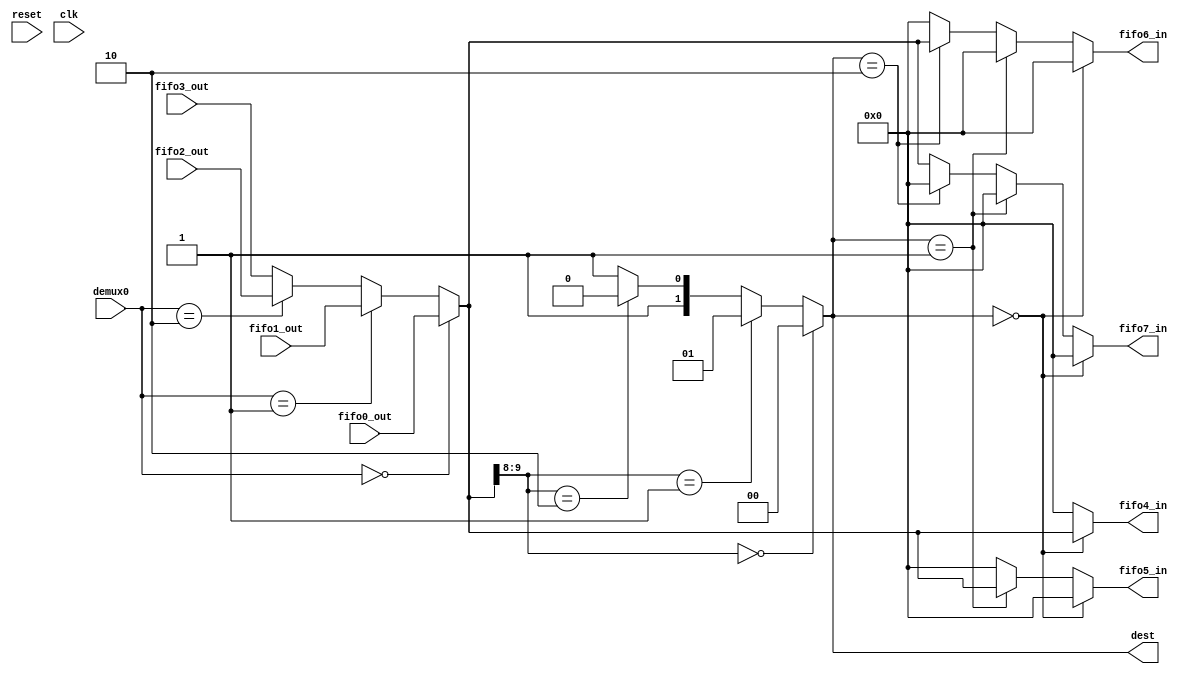

module misc( output reg [9:0] fifo4_in, fifo5_in, fifo6_in, fifo7_in,
	     output reg [1:0] dest,
	     input wire [9:0]  fifo0_out, fifo1_out, fifo2_out, fifo3_out,
	     input wire [1:0]  demux0,
	     input wire        reset, clk );

   reg [9:0] 		      dato_inter;
   
   reg [9:0] 		      probar;
   always @( * ) begin
      if( dato_inter[9:8] == 2'b00 ) begin
	 dest = 2'b00;
      end
      else if( dato_inter[9:8] == 2'b01 ) begin
	 dest = 2'b01;
      end
      else if( dato_inter[9:8] == 2'b10 ) begin
	 dest = 2'b10;
      end
      else begin
	 dest <= 2'b11;
      end
      
   end

   
   always @( * ) begin
      if( demux0 == 2'b00 ) begin
	 dato_inter = fifo0_out;
      end
      else if( demux0 == 2'b01 ) begin
	 dato_inter = fifo1_out;
      end
      else if( demux0 == 2'b10 ) begin
	 dato_inter = fifo2_out;
      end
      else begin
	 dato_inter = fifo3_out;
      end
   end // always @ ( * )

   always @( * ) begin
      if( dest == 2'b00 ) begin
	 fifo4_in = dato_inter;
	 fifo5_in = 'h0;
	 fifo6_in = 'h0;
	 fifo7_in = 'h0;
      end
      else if( dest == 2'b01 ) begin
	 fifo5_in = dato_inter;
	 fifo4_in = 'h0;
	 fifo6_in = 'h0;
	 fifo7_in = 'h0;
      end
      else if( dest == 2'b10 ) begin
	 fifo6_in = dato_inter;
	 fifo4_in = 'h0;
	 fifo5_in = 'h0;
	 fifo7_in = 'h0;
      end
      else begin
	 fifo7_in = dato_inter;
	 fifo4_in = 'h0;
	 fifo5_in = 'h0;
	 fifo6_in = 'h0;
      end
   end // always @ ( * )
   
endmodule